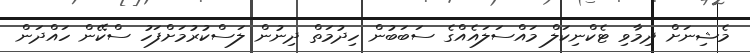
މެޝިނަށް ދިމާވި ޓެކްނިކަލް މައްސަލައެއްގެ ސަބަބުން ހިދުމަތް ދިނުން ލަސްކުރުމަށްފަހު ސްކޭން ހައްދަން